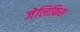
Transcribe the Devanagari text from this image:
जेलिफ़िश